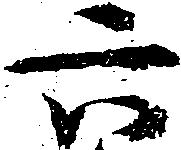
六